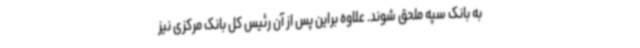
به بانک سپه ملحق شوند. علاوه براین پس از آن رئیس کل بانک مرکزی نیز